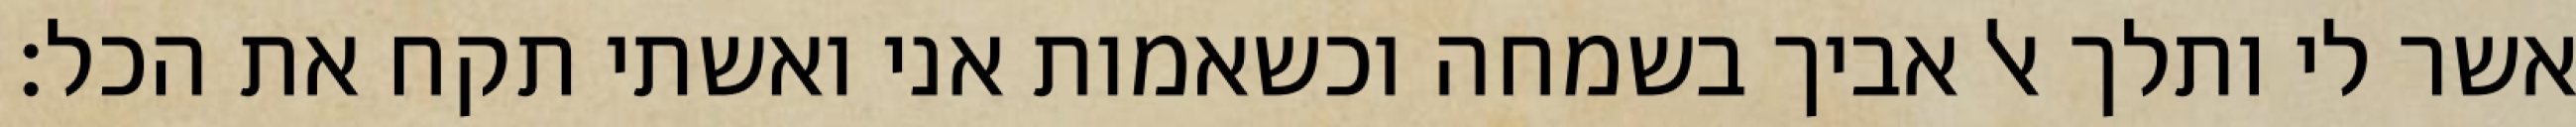
אשר לי ותלך אל אביך בשמחה וכשאמות אני ואשתי תקח את הכל: